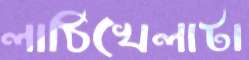
লাঠিখেলাটা